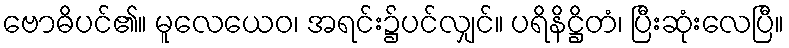
ဗောဓိပင်၏။ မူလေယေဝ၊ အရင်း၌ပင်လျှင်။ ပရိနိဋ္ဌိတံ၊ ပြီးဆုံးလေပြီ။